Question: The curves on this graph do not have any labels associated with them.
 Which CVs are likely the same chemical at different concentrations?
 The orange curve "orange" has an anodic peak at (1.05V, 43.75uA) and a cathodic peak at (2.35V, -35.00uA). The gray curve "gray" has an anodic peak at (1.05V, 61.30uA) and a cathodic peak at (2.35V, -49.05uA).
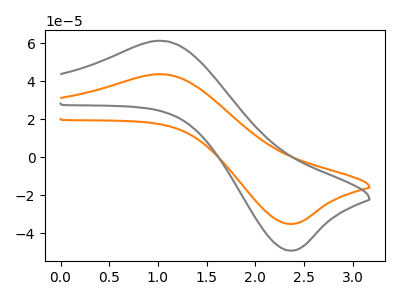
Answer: <think>All the peaks in "orange" have a peak in "gray" at the same potential. Every peak in "orange" is lower than every peak in "gray".
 </think>
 <answer>"orange" and "gray" have the same shape and are likely CV's of the same chemical.</answer>
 <eval>"orange" "gray"</eval>